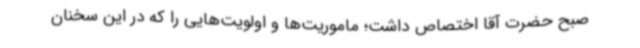
صبح حضرت آقا اختصاص داشت؛ ماموریت‌ها و اولویت‌هایی را که در این سخنان